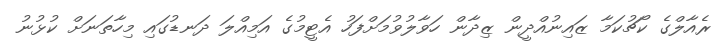
ރެއާލްގެ ކޯޗުކަމާ ޒައިނުއްދީން ޒިދާން ހަވާލުވުމަށްފަހު އެޓީމުގެ އަމިއްލަ ދަނޑުގައި މިހާތަނަށް ކުޅުނު